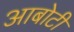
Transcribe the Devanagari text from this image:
आबोटी